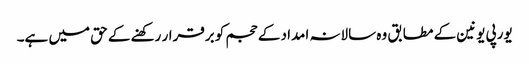
یورپی یونین کے مطابق وہ سالانہ امداد کے حجم کو برقرار رکھنے کے حق میں ہے۔